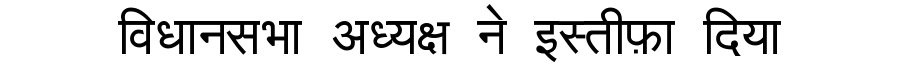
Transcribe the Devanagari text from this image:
विधानसभा अध्यक्ष ने इस्तीफ़ा दिया